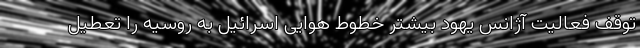
توقف فعالیت آژانس یهود بیشتر خطوط هوایی اسرائیل به روسیه را تعطیل